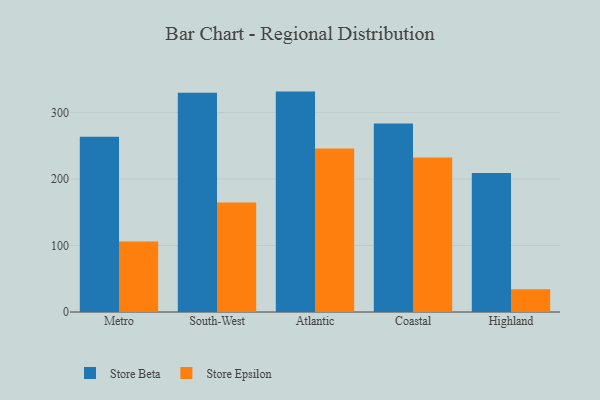
{"axis": {"x": "Region", "y": "Energy Usage (MWh)"}, "legend": ["Store Beta", "Store Epsilon"], "data": [{"x": "Metro", "y": 263.6, "type": "Store Beta"}, {"x": "Metro", "y": 106.0, "type": "Store Epsilon"}, {"x": "South-West", "y": 329.7, "type": "Store Beta"}, {"x": "South-West", "y": 164.8, "type": "Store Epsilon"}, {"x": "Atlantic", "y": 331.4, "type": "Store Beta"}, {"x": "Atlantic", "y": 245.9, "type": "Store Epsilon"}, {"x": "Coastal", "y": 283.3, "type": "Store Beta"}, {"x": "Coastal", "y": 232.3, "type": "Store Epsilon"}, {"x": "Highland", "y": 209.1, "type": "Store Beta"}, {"x": "Highland", "y": 34.1, "type": "Store Epsilon"}]}